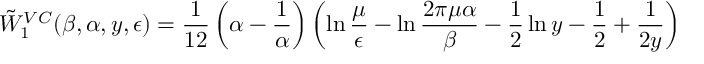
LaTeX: \tilde { W } _ { 1 } ^ { V C } ( \beta , \alpha , y , \epsilon ) = { \frac { 1 } { 1 2 } } \left( \alpha - { \frac { 1 } { \alpha } } \right) \left( \ln { \frac { \mu } { \epsilon } } - \ln { \frac { 2 \pi \mu \alpha } { \beta } } - \frac 1 2 \ln y - \frac 1 2 + { \frac { 1 } { 2 y } } \right)